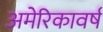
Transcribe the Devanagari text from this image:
अमेरिकावर्ष